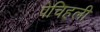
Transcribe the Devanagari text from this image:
पेचिहली